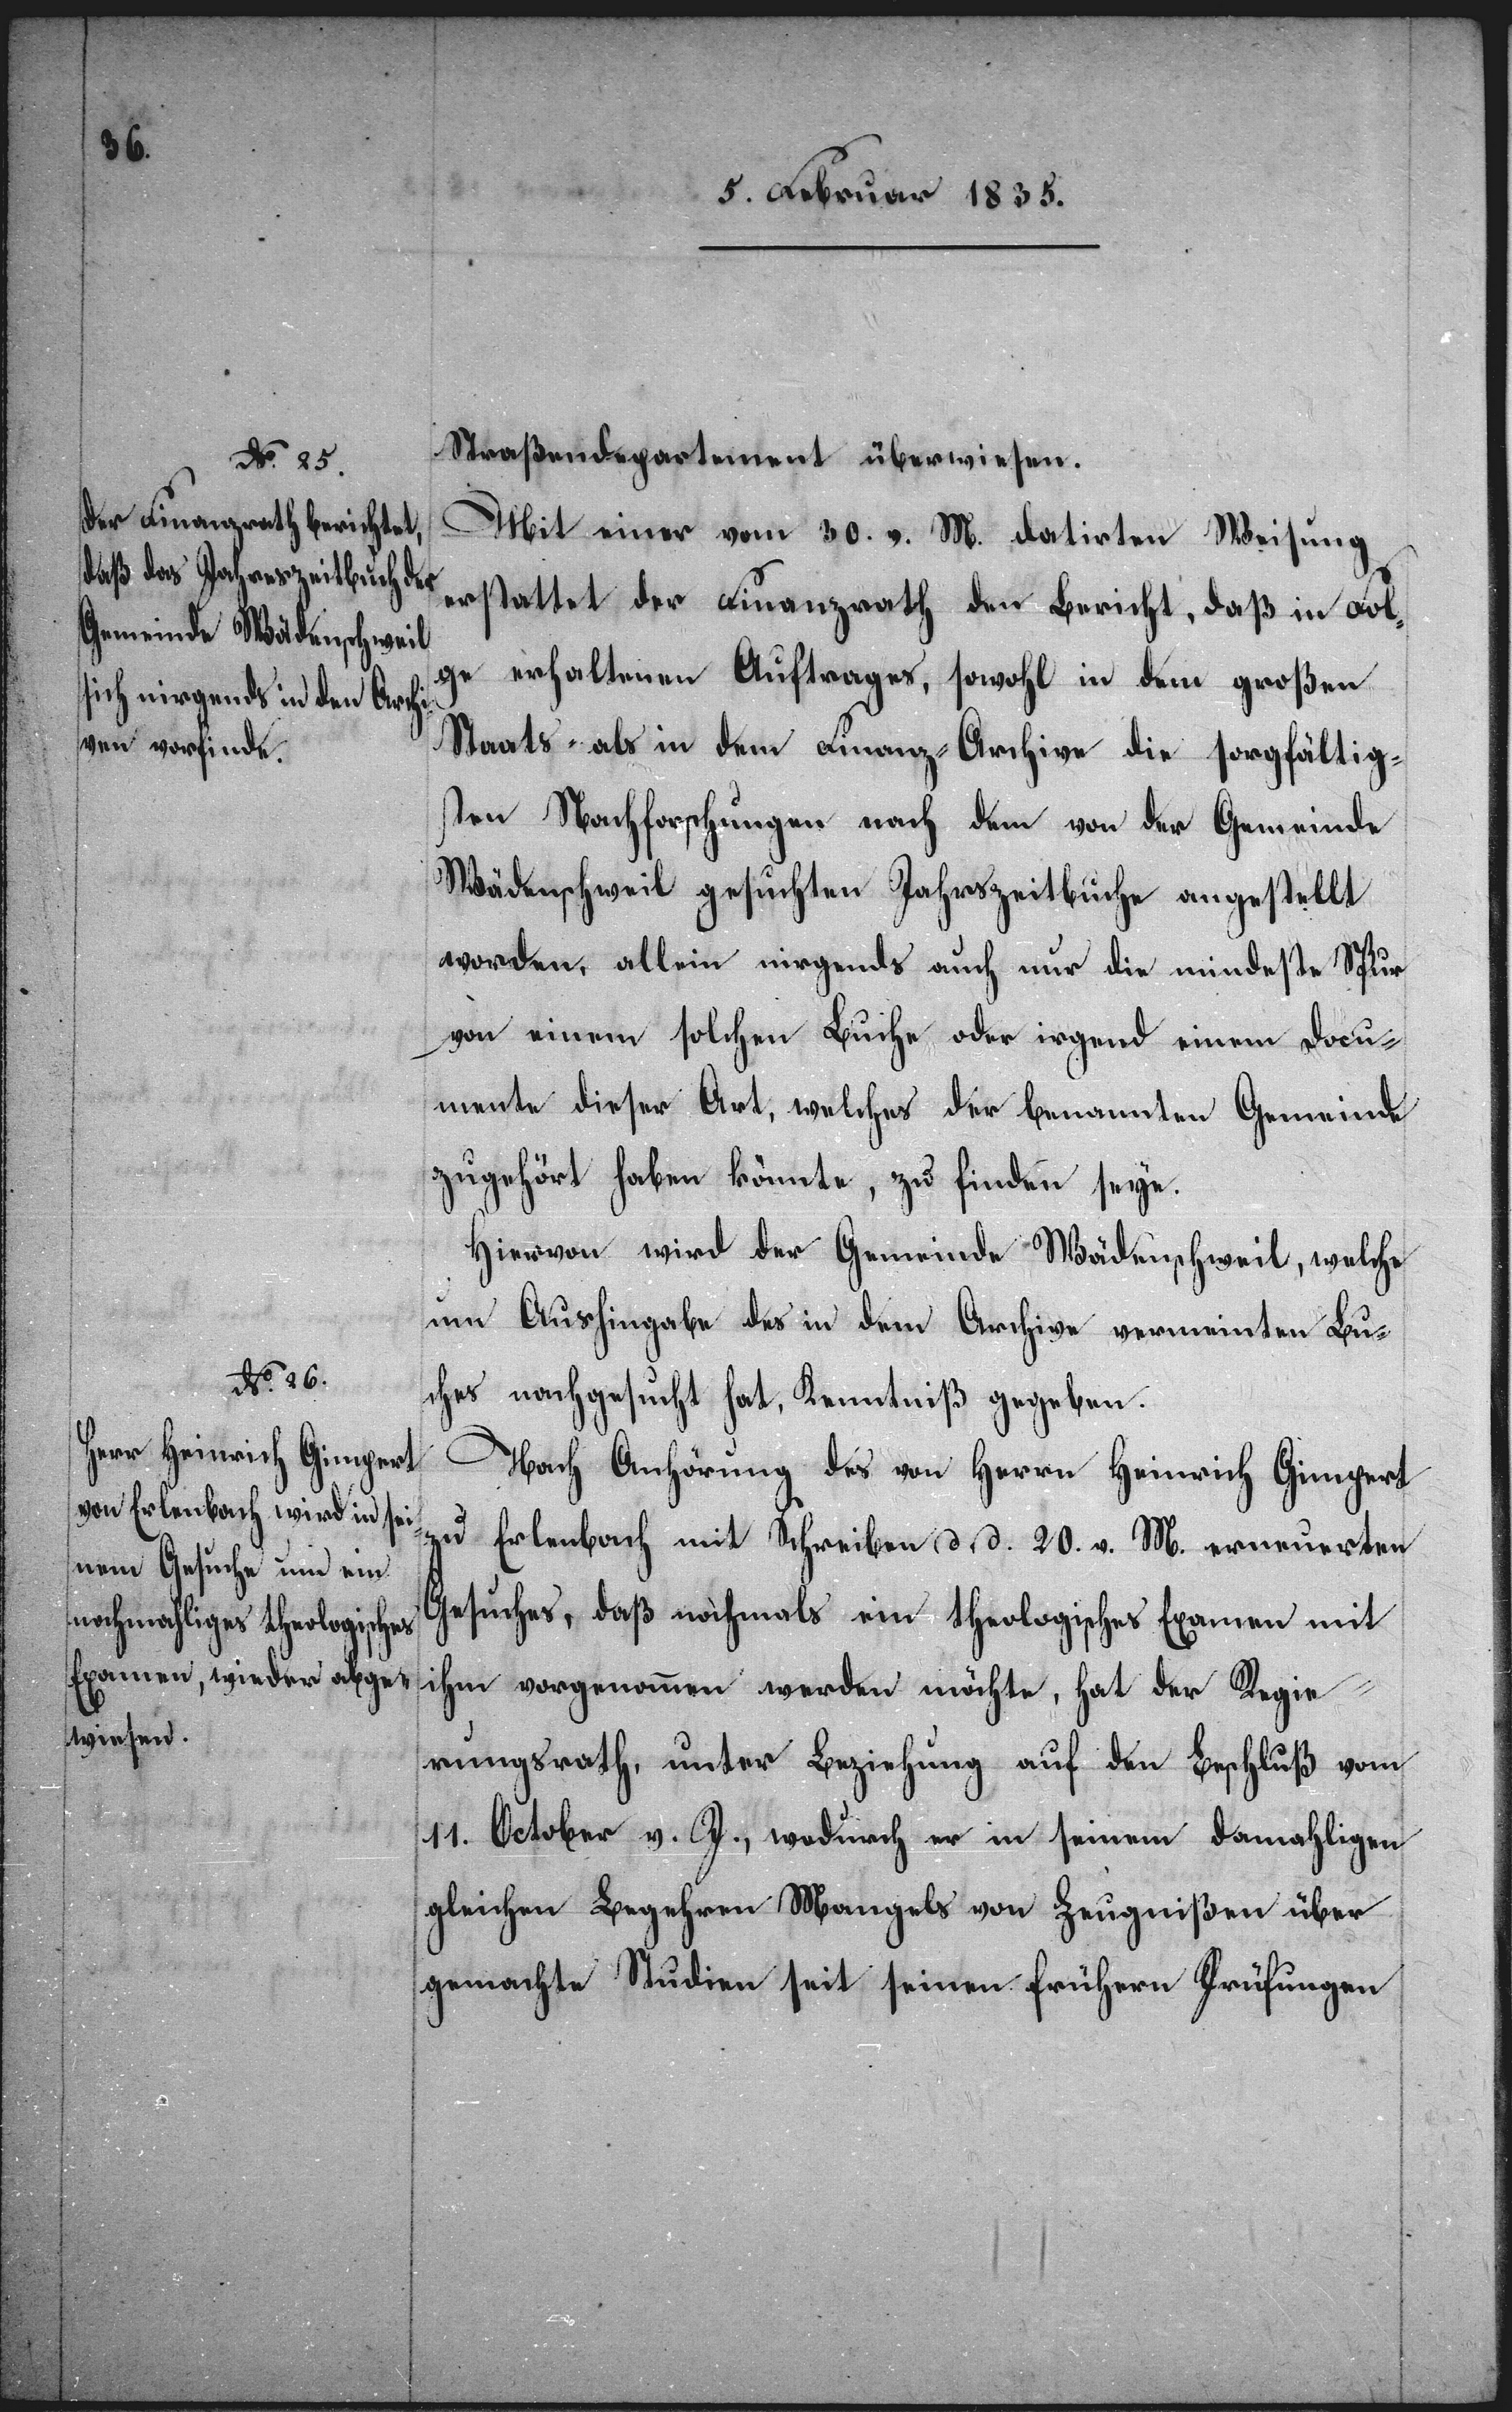
Straßendepartement überwiesen.
Mit einer vom 30. v. M. datirten Weisung
erstattet der Finanzrath den Bericht, daß in Fol¬
ge erhaltenen Auftrages, sowohl in dem großen
Staats- als in dem Finanz-Archive die sorgfältig¬
sten Nachforschungen nach dem von der Gemeinde
Wädenschweil gesuchten Jahrszeitbuche angestellt
worden, allein nirgends auch nur die mindeste Spur
von einem solchen Buche oder irgend einem Docu¬
mente dieser Art, welches der benannten Gemeinde
zugehört haben könnte, zu finden seye.
Hiervon wird der Gemeinde Wädenschweil, welche
um Aushingabe des in dem Archive vermeinten Bu¬
ches nachgesucht hat, Kenntniß gegeben.
Nach Anhörung des von Herrn Heinrich Gimpert
zu Erlenbach mit Schreiben d. d. 20. v. M. erneuerten
Gesuches, daß nochmals ein theologisches Examen mit
ihm vorgenommen werden möchte, hat der Regie¬
rungsrath, unter Beziehung auf den Beschluß vom
11. October v. J., wodurch er in seinem damahligen
gleichen Begehren Mangels von Zeugnißen über
gemachte Studien seit seinen frühern Prüfungen